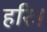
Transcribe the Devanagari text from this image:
हरिः।